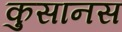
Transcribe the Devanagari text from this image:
कुसानस